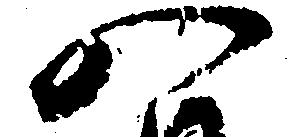
八